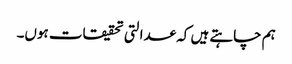
ہم چاہتے ہیں کہ عدالتی تحقیقات ہوں۔